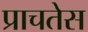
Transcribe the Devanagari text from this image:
प्राचतेस